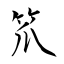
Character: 笊